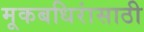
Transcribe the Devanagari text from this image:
मूकबधिरांसाठी